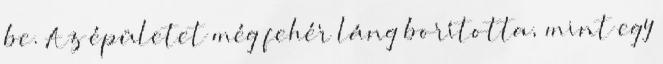
be. Az épületet még fehér láng borította, mint egy